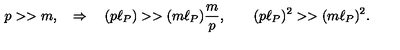
p > > m , \quad \Rightarrow \quad ( p \ell _ { P } ) > > ( m \ell _ { P } ) \frac { m } { p } , \qquad ( p \ell _ { P } ) ^ { 2 } > > ( m \ell _ { P } ) ^ { 2 } .